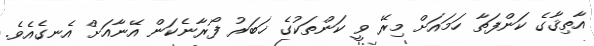
އާތިޤާގެ ކަންފަތާ ހަމައަށް މިރޭ ވީ ކަންތަކުގެ ޚަބަރު ފޯރާނެކަން އޭނާއަށް އެނގެއެވެ.